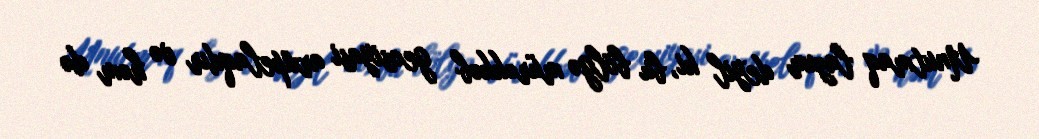
Unutmaq lazım deyil ki, bu bölgə mürəkkəb geosiyasi arxipelaqdır və həm də